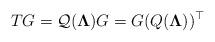
LaTeX: \begin{align*}TG=\mathcal Q(\boldsymbol \Lambda)G=G\mathcal (Q(\boldsymbol \Lambda))^\top\end{align*}